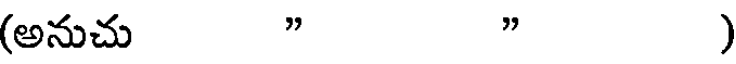
(అనుచు " " )